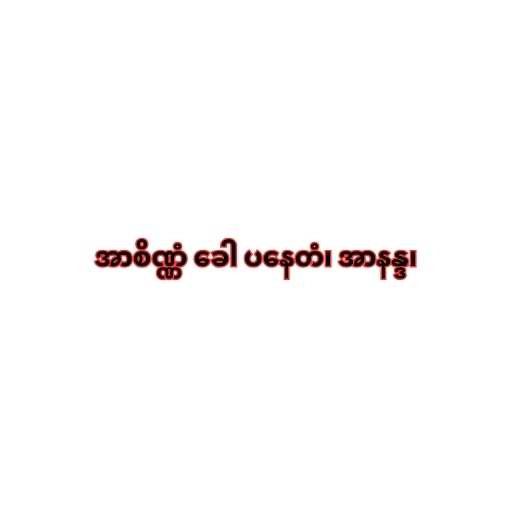
အာစိဏ္ဏံ ခေါ ပနေတံ၊ အာနန္ဒ၊